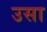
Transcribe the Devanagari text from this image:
उसा